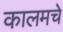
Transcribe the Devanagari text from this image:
कालमचे